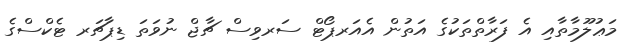
މަޢުލޫމާތާއި އެ ފަރާތްތަކުގެ އަތުން އެއަރޕޯޓް ސަރވިސް ޗާޖް ނުވަތަ ޑިޕާޗަރ ޓެކްސްގެ